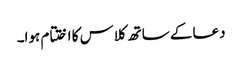
دعا کے ساتھ کلاس کا اختتام ہوا۔